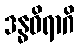
ဒန္ဓဝိရာဂိ